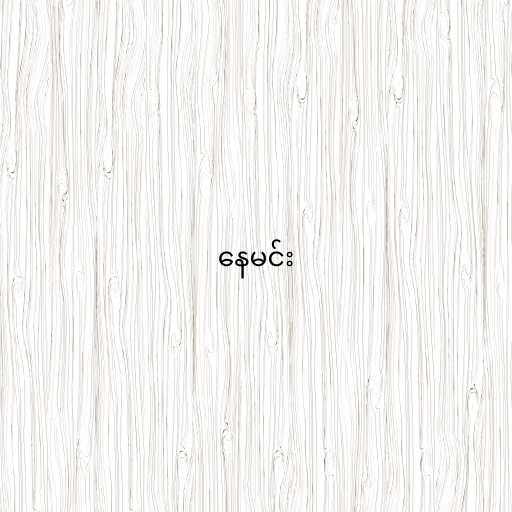
နေမင်း